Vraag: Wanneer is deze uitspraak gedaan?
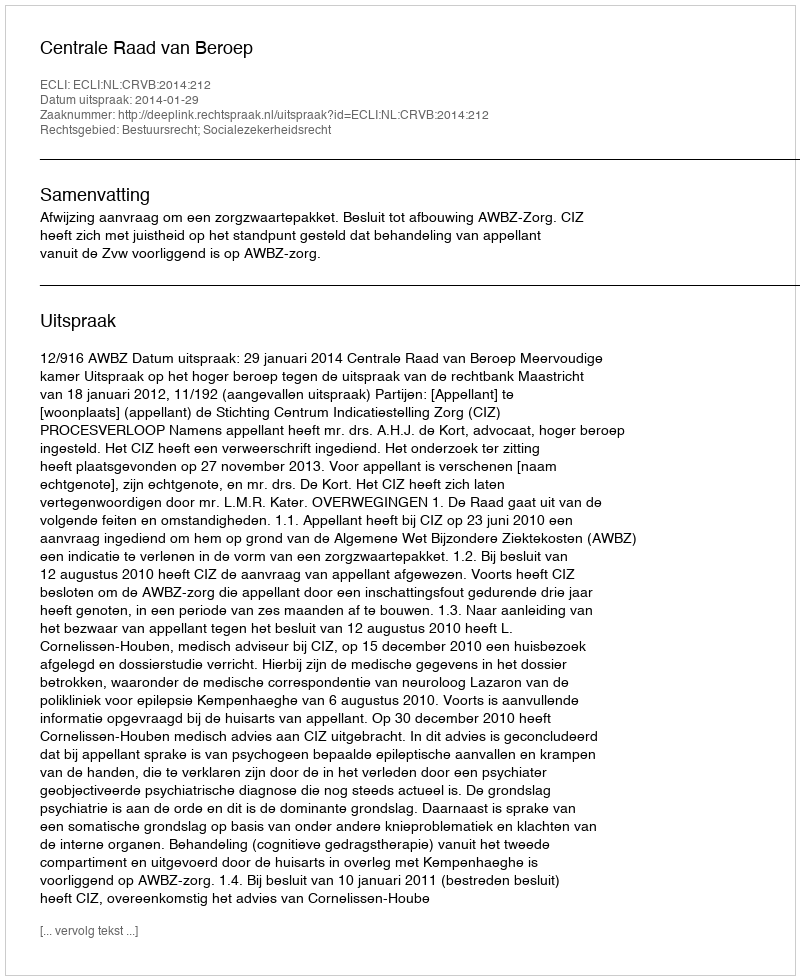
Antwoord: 2014-01-29